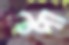
হেপা